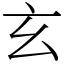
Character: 玄